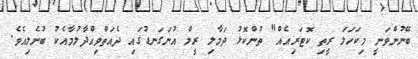
ބޭނުންވަނީ މިކަހަލަ ރީތި ކޮޓަރިއެއް" ތުންކޮޅު ދަމާލި ރީމް އުނަގަނޑުގައި ދެއަތްވިއްދާލުމާއެކު ބުނެލިއެވެ.